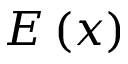
E \left( x \right)